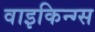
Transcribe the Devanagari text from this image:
वाइकिन्ग्स